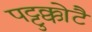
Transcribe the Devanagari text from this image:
पट्टुक्कोटै